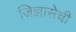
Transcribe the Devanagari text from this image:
जिज्ञासेची